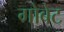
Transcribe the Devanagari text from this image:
गोबेट